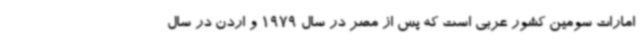
امارات سومین کشور عربی است که پس از مصر در سال 1979 و اردن در سال